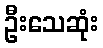
ဦးသေဆုံး